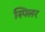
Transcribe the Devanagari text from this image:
स्पिलर